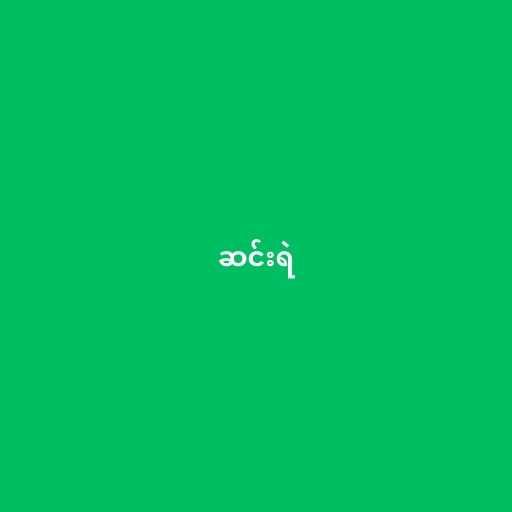
ဆင်းရဲ